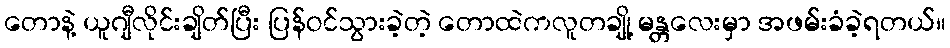
တောနဲ့ ယူဂျီလိုင်းချိတ်ပြီး ပြန်ဝင်သွားခဲ့တဲ့ တောထဲကလူတချို့ မန္တလေးမှာ အဖမ်းခံခဲ့ရတယ်။